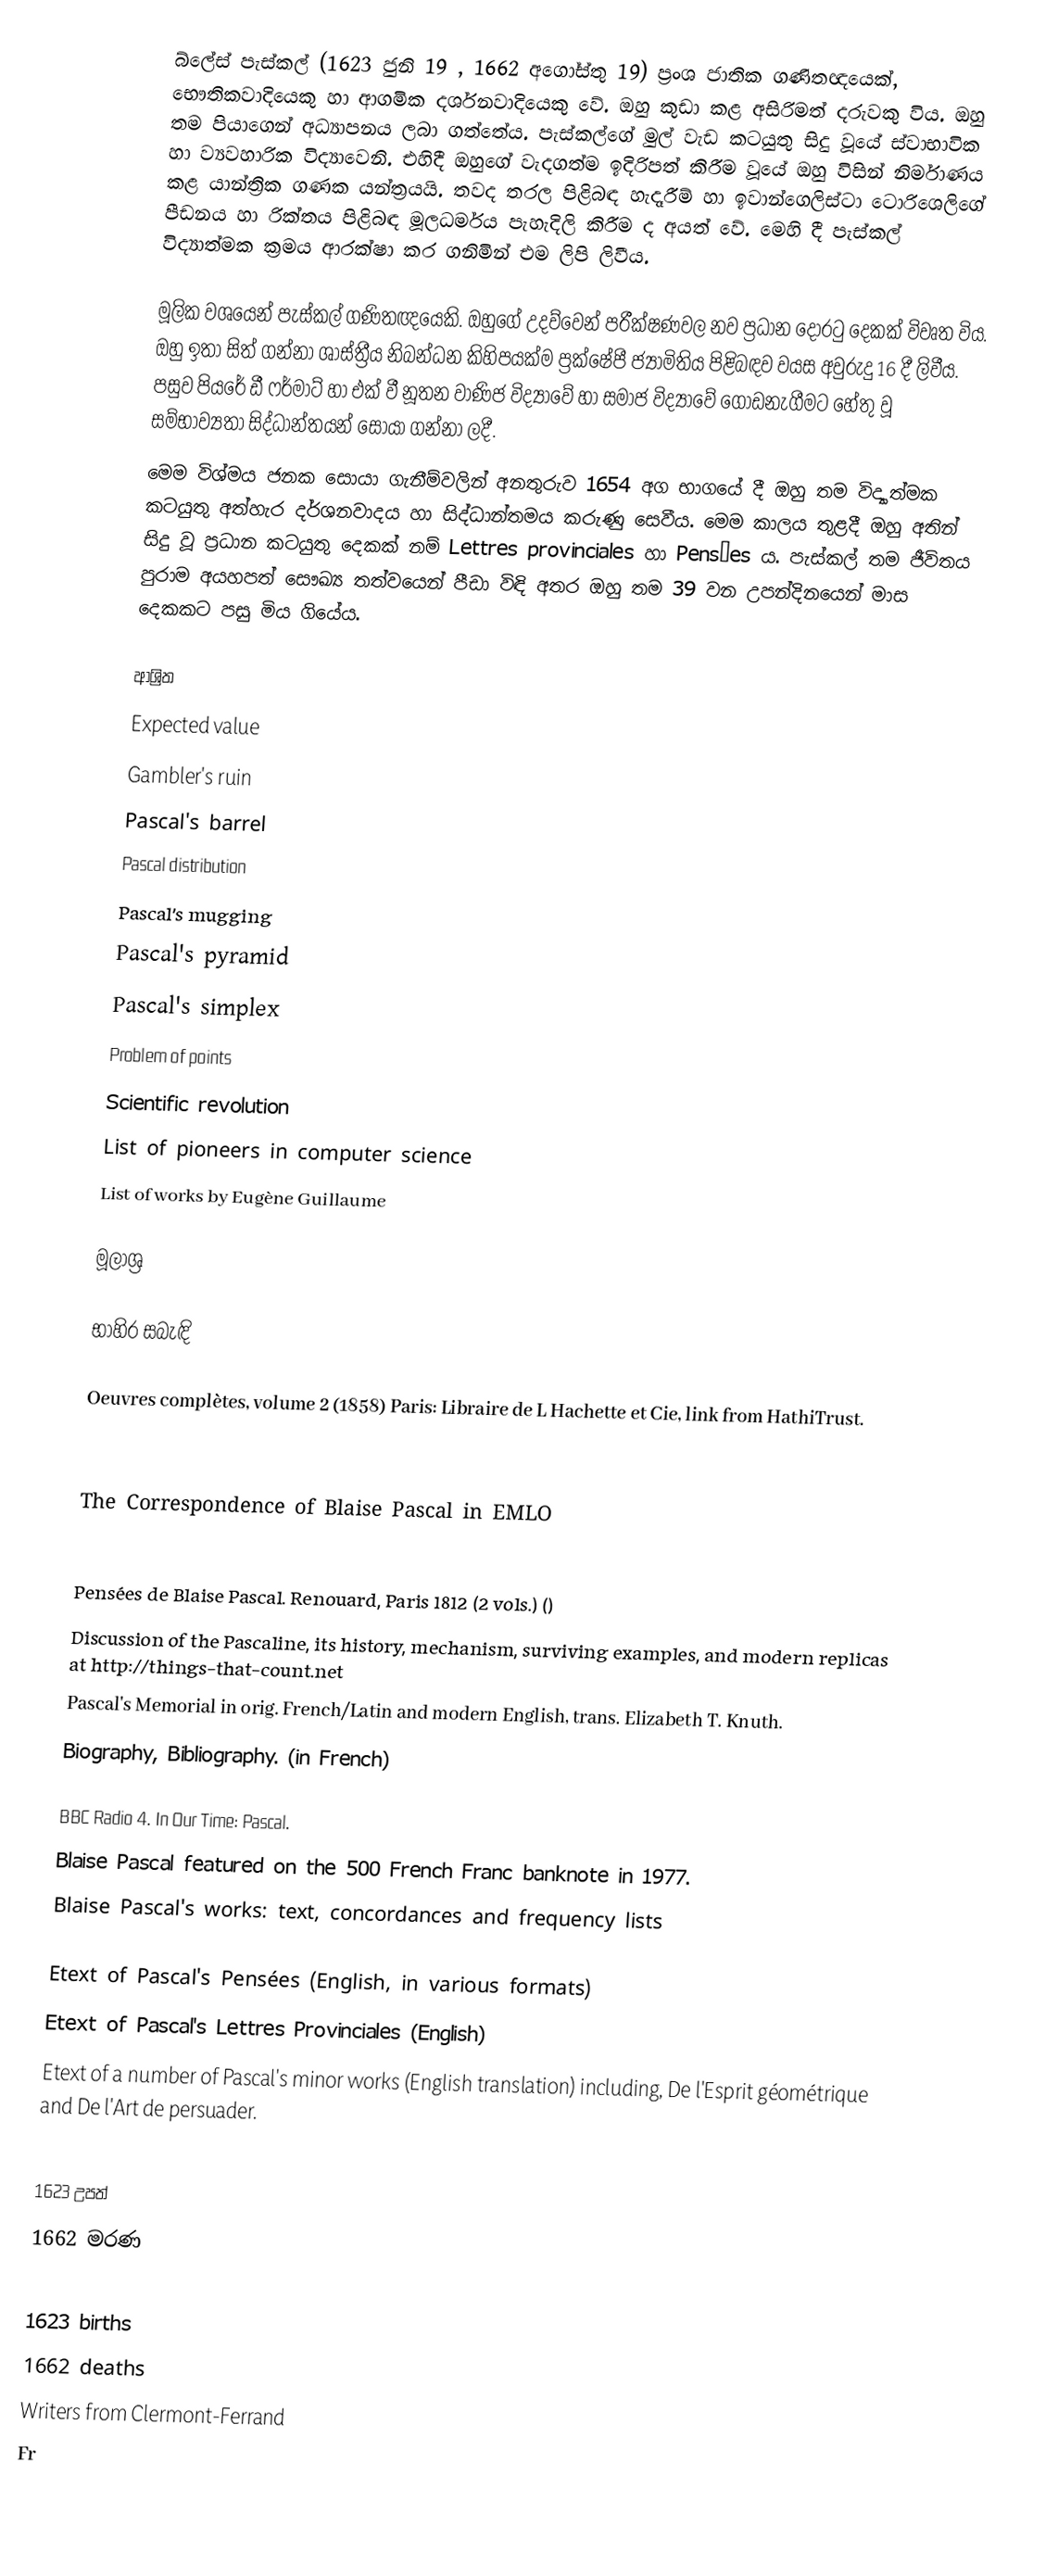
බ්ලේස් පැස්කල් (1623 ජුනි 19 , 1662 අගෝස්තු 19) ප්‍රංශ ජාතික ගණිතඥයෙක්, භෞතිකවාදියෙකු හා ආගමික දර්ශනවාදියෙකු වේ. ඔහු කුඩා කළ අසිරිමත් දරුවකු විය. ඔහු තම පියාගෙන් අධ්‍යාපනය ලබා ගත්තේය. පැස්කල්ගේ මුල් වැඩ කටයුතු සිදු වූයේ ස්වාභාවික හා ව්‍යවහාරික විද්‍යාවෙනි. එහිදී ඔහුගේ වැදගත්ම ඉදිරිපත් කිරීම වූයේ ඔහු විසින් නිර්මාණය කළ යාන්ත්‍රික ගණක යන්ත්‍රයයි. තවද තරල පිළිබඳ හැදෑරීම් හා ඉවාන්ගෙලිස්ටා ටොරිශෙලිගේ පීඩනය හා රික්තය පිළිබඳ මූලධර්මය පැහැදිලි කිරීම ද අයත් වේ. මෙහි දී පැස්කල් විද්‍යාත්මක ක්‍රමය ආරක්ෂා කර ගනිමින් එම ලිපි ලිවීය.

මූලික වශයෙන් පැස්කල් ගණිතඥයෙකි. ඔහුගේ උදව්වෙන් පරීක්ෂණවල නව ප්‍රධාන දොරටු දෙකක් විවෘත විය. ඔහු ඉතා සිත් ගන්නා ශාස්ත්‍රීය නිබන්ධන කිහිපයක්ම ප්‍රක්ෂේපී ජ්‍යාමිතිය පිළිබඳව වයස අවුරුදු 16 දී ලිවීය. පසුව පියරේ ඩී ෆර්මාට් හා එක් වී නූතන වාණිජ විද්‍යාවේ හා සමාජ විද්‍යාවේ ගොඩනැගීමට හේතු වූ සම්භාව්‍යතා සිද්ධාන්තයන් සොයා ගන්නා ලදී.
මෙම විශ්මය ජනක සොයා ගැනීම්වලින් අනතුරුව 1654 අග භාගයේ දී ඔහු තම විද්‍යාත්මක කටයුතු අත්හැර දර්ශනවාදය හා සිද්ධාන්තමය කරුණු සෙවීය. මෙම කාලය තුළදී ඔහු අතින් සිදු වූ ප්‍රධාන කටයුතු දෙකක් නම්  Lettres provinciales හා Pensées ය. පැස්කල් තම ජීවිතය පුරාම අයහපත් සෞඛ්‍ය තත්වයෙන් පීඩා විඳි අතර ඔහු තම 39 වන උපන්දිනයෙන් මාස දෙකකට පසු මිය ‍ගියේය.

ආශ්‍රිත
 Expected value
 Gambler's ruin
 Pascal's barrel
 Pascal distribution
 Pascal's mugging
 Pascal's pyramid
 Pascal's simplex
 Problem of points
 Scientific revolution
 List of pioneers in computer science
 List of works by Eugène Guillaume

මූලාශ්‍ර

භාහිර සබැඳි

 Oeuvres complètes, volume 2 (1858) Paris: Libraire de L Hachette et Cie, link from HathiTrust.

The Correspondence of Blaise Pascal in EMLO

 Pensées de Blaise Pascal. Renouard, Paris 1812 (2 vols.) ()
 Discussion of the Pascaline, its history, mechanism, surviving examples, and modern replicas at http://things-that-count.net
 Pascal's Memorial in orig. French/Latin and modern English, trans. Elizabeth T. Knuth.
 Biography, Bibliography. (in French)

 BBC Radio 4. In Our Time: Pascal.
 Blaise Pascal featured on the 500 French Franc banknote in 1977.
 Blaise Pascal's works: text, concordances and frequency lists

 Etext of Pascal's Pensées (English, in various formats)
 Etext of Pascal's Lettres Provinciales (English)
 Etext of a number of Pascal's minor works (English translation) including, De l'Esprit géométrique and De l'Art de persuader.

1623 උපත්
1662 මරණ

1623 births
1662 deaths
Writers from Clermont-Ferrand
Fr